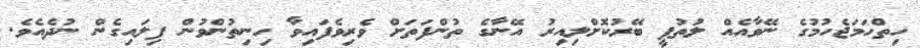
ހިތްހަމަޖެހުމުގެ ނޭވާއެއް ލުތުފީ ބޭރުކޮށްލިއިރު އޭނާގެ ތުންފަތަށް ވެރިވެފައިވާ ހިނިތުންވުން ފިލައިގެން ނުދެއެވެ.